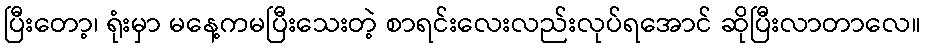
ပြီးတော့၊ ရုံးမှာ မနေ့ကမပြီးသေးတဲ့ စာရင်းလေးလည်းလုပ်ရအောင် ဆိုပြီးလာတာလေ။